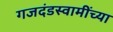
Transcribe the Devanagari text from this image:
गजदंडस्वामींच्या